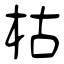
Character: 枯